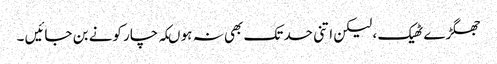
جھگڑے ٹھیک ، لیکن اتنی حد تک بھی نہ ہو ںکہ چار کونے بن جائیں ۔